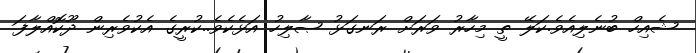
ޝެއިހް ބުނެލިއެވެ.ކަލޭ ތީ މިހާރު ވަރަށް ރަނގަޅު ޞާލިހު އަޅެކެވެ..ކުރީގެ އެކުވެރިން ދޫކޮއްލާފަ